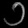
Digit: ၁